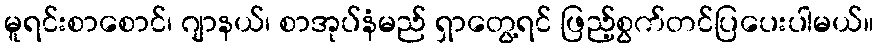
မူရင်းစာစောင်၊ ဂျာနယ်၊ စာအုပ်နံမည် ရှာတွေ့ရင် ဖြည့်စွက်တင်ပြပေးပါမယ်။